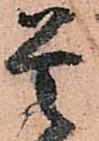
是